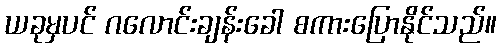
ယခုမှပင် ဂလောင်းချန်းခေါ စကားပြောနိုင်သည်။